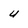
Character: U